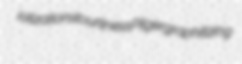
iotization stourliness Pilger graphitizing